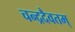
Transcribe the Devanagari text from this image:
चन्द्रदैवतम्